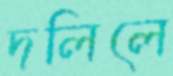
দলিলে